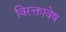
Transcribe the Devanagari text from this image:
विरक्तावेष